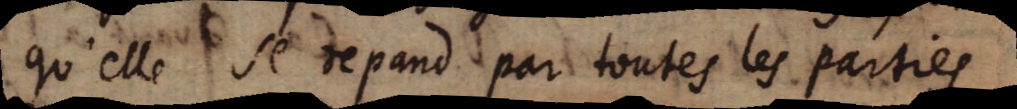
qu’elle se depand par toutes les parties